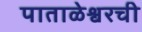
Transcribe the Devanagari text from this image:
पाताळेश्वरची